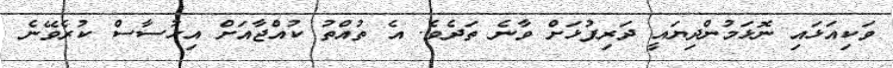
ވަކިއަޅައި ނޮޅަމުންދިޔައީ ދަރިފުޅަށް ވާނެ ތަދެވެ. އެ ތުއްތު ކުއްޖާއަށް އިހުސާސް ކުރެވޭނެ